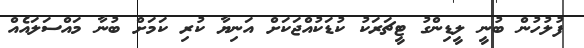
ފުލުހުން ބުނީ ލީޑިންގު ޓީޗަރަކު ކުޑަކުއްޖަކަށް އަނިޔާ ކުރި ކަމަށް ބުނާ މައްސަލައެއް